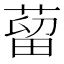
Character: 蒥